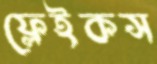
ফ্লেইকস